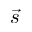
\vec { s }